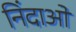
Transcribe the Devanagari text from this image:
निंदाओं